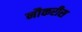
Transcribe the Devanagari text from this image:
नौकरीस